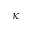
\kappa